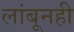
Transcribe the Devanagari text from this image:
लांबूनही